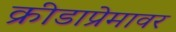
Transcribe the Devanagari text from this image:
क्रीडाप्रेमावर